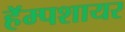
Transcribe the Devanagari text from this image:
हॅम्पशायर